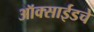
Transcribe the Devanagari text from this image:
ऑक्साईडचे